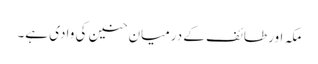
مکہ اور طائف کے درمیان حنین کی وادی ہے۔